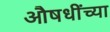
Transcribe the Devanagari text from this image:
औषधींच्या